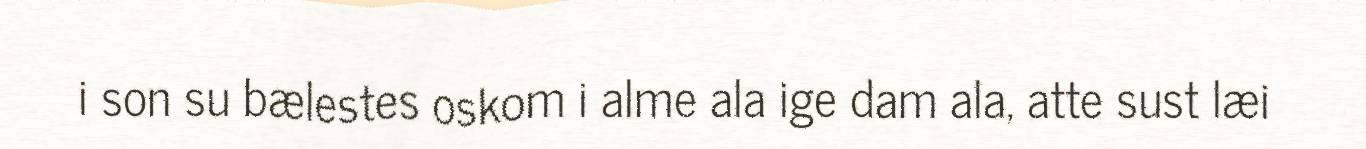
i son su bælestes oskom i alme ala ige dam ala, atte sust læi